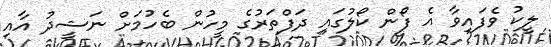
ލީކު ވެފައިވާ އެ ފޯން ކޯލުގައި ދަފްތަރުގެ މީހުން ބެހުމަށް ނަޝީދު އާއި